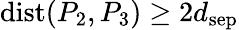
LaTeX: \mathrm{dist}(P_{2},P_{3})\geq 2d_{\mathrm{sep}}